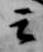
云